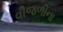
વીજળીના